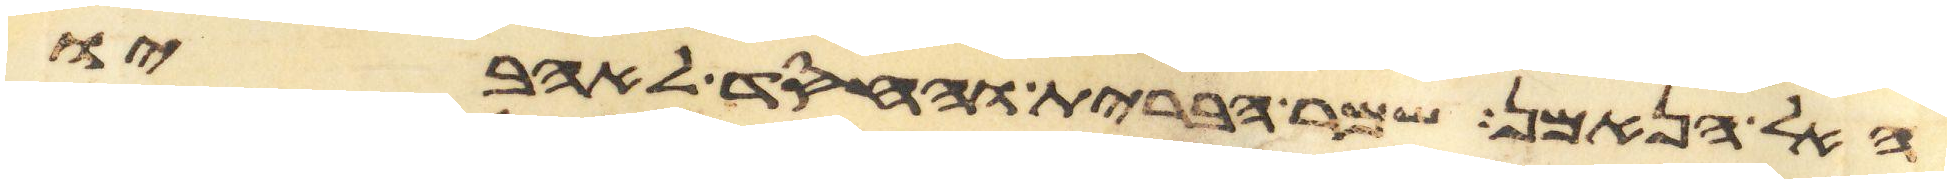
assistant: האל הנאמן שמר הברית והחסד לאהביו